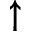
\uparrow